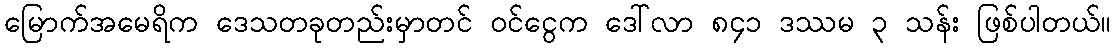
မြောက်အမေရိက ဒေသတခုတည်းမှာတင် ဝင်ငွေက ဒေါ်လာ ၈၄၁ ဒဿမ ၃ သန်း ဖြစ်ပါတယ်။